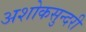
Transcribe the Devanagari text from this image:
अशोकसुन्दरी